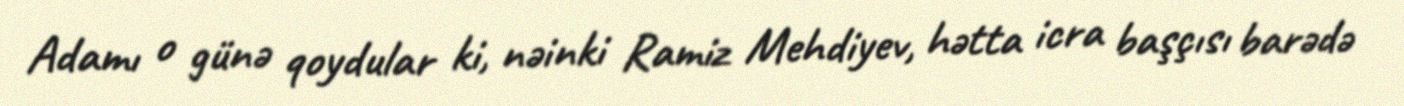
Adamı o günə qoydular ki, nəinki Ramiz Mehdiyev, hətta icra başçısı barədə